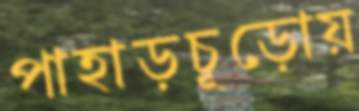
পাহাড়চূড়োয়